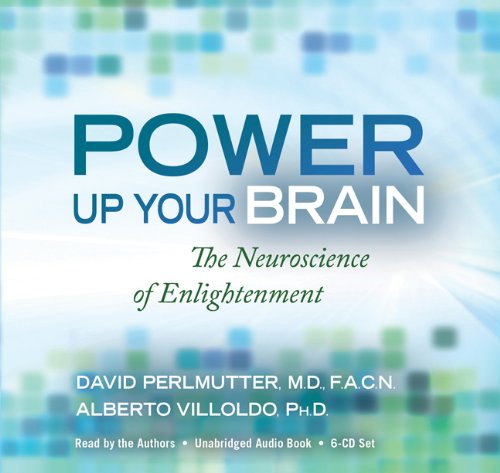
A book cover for Power Up Your Brain: The Neuroscience of Enlightenment; David Perlmutter M.D.; Self-Help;